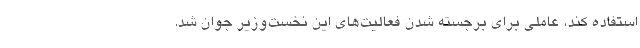
استفاده کند، عاملی برای برجسته شدن فعالیت‌های این نخست‌وزیر جوان شد.